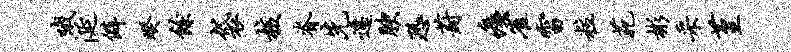
哦涎僻暌余袋核脊先迁腴恐葑痍雀雷粒苑彬采堇